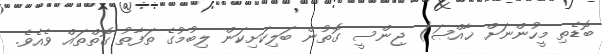
ބޮޑެތި މީހުންނަށް ޚާއްޞަ) ޖިންސީ ގޮތުން ބަލިކަށިކަން ލިބުމުގެ ތަފާތު ގޮތްތައް ވެއެވެ.